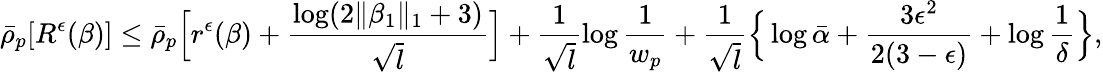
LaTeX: \bar{\rho}_{p}[R^{\epsilon}(\beta)]\leq\bar{\rho}_{p}\Big[r^{\epsilon}(\beta)+\frac{\log(2\| \beta_{1}\| _{1}+3)}{\sqrt{l}}\Big]+\frac{1}{\sqrt{l}}\log\frac{1}{w_{p}}+\frac{1}{\sqrt{l}}\Big\{ \log\bar{\alpha}+\frac{3\epsilon^{2}}{2(3-\epsilon)}+\log\frac{1}{\delta}\Big\} ,